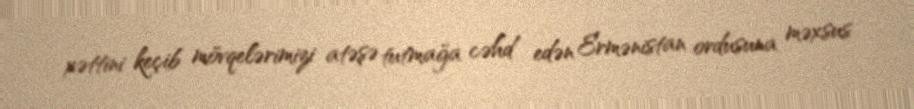
xəttini keçib mövqelərimizi atəşə tutmağa cəhd edən Ermənistan ordusuna məxsus